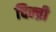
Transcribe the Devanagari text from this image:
चिन्च्री